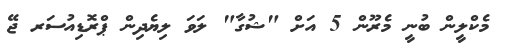
މެކްލީން ބުނީ މެރޫން 5 އަށް "ޝުގާ" ލަވަ ލިޔެދިން ޕްރޮޑިއުސަރ ޖޭ